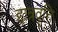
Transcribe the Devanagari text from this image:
द्दात्रवृत्ति